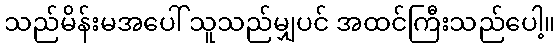
သည်မိန်းမအပေါ် သူသည်မျှပင် အထင်ကြီးသည်ပေါ့။